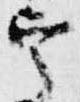
宰